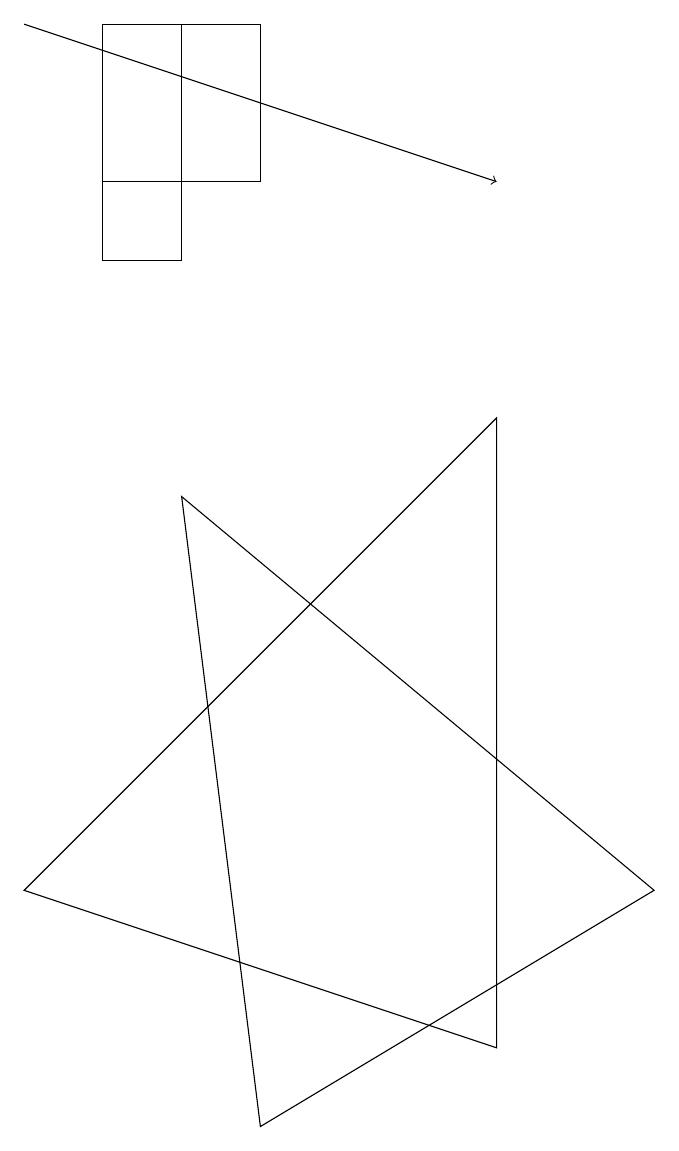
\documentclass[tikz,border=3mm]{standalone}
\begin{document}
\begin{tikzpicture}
\draw (3,12) rectangle (1,14);
\draw (2,11) rectangle (1,14);
\draw (6,1) -- (0,3) -- (6,9) -- cycle;
\draw (3,0) -- (8,3) -- (2,8) -- cycle;
\draw[->] (0,14) -- (6,12);
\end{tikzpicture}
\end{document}